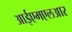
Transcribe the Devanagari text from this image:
आईएमएलआर